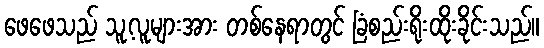
ဖေဖေသည် သူ့လူများအား တစ်နေရာတွင် ခြံစည်းရိုးထိုးခိုင်းသည်။